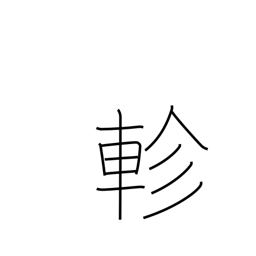
Meaning: revolve